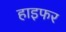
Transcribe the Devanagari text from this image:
हाइफर